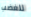
للغضب